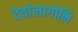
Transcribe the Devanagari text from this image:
देवांलागोनि